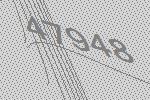
47948